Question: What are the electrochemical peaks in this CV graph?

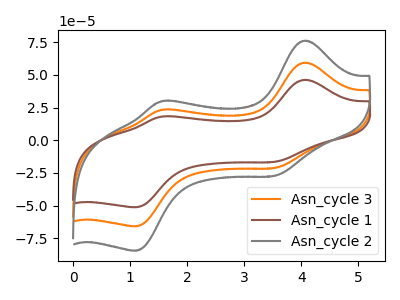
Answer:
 <answer>The orange curve "Asn_cycle 3" has anodic peaks at (4.05V, 59.25uA) (1.55V, 23.20uA) and cathodic peaks at (3.55V, -21.00uA) (1.10V, -65.70uA). The brown curve "Asn_cycle 1" has anodic peaks at (4.05V, 46.15uA) (1.55V, 18.10uA) and cathodic peaks at (3.55V, -16.35uA) (1.10V, -51.15uA). The gray curve "Asn_cycle 2" has anodic peaks at (4.05V, 118.45uA) (1.55V, 46.40uA) and cathodic peaks at (3.55V, -42.00uA) (1.10V, -131.35uA).</answer>
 <eval></eval>